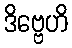
ဒိဗ္ဗေဟိ